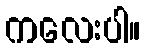
ကလေးပါ။